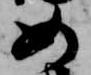
如